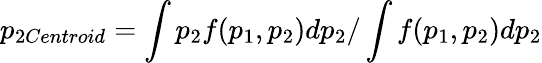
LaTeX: p_{2Centroid}=\int p_{2}f(p_{1},p_{2})dp_{2}/\int f(p_{1},p_{2})dp_{2}